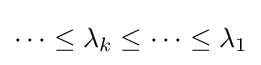
\cdots \leq \lambda _{k}\leq \cdots \leq \lambda _{1}